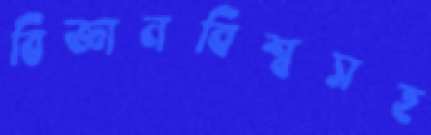
বিজ্ঞানবিশ্বসহ